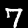
Label: 7